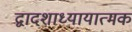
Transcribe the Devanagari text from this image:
द्वादशाध्यायात्मक